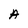
Character: A